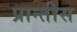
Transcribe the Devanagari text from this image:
प्रान्तीस